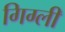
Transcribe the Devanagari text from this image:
गिग्ली